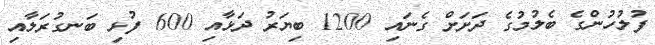
ފުލުހުންގެ ބެލުމުގެ ދަށަށް ގެނައި 1200 ބިޔަރު ދަޅާއި 600 ފުޅި ބަނގުރަލާއި